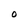
Character: O